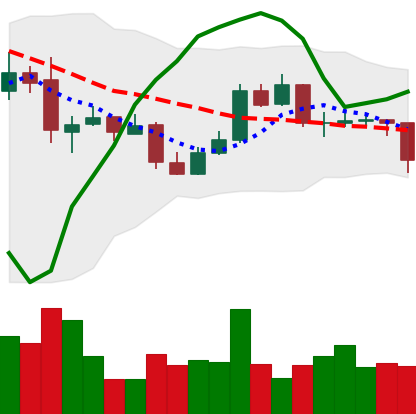
Ticker: BTC-USD
Chart end date: 2015-05-30
Forward return: -3.866%
Label: down_3_5